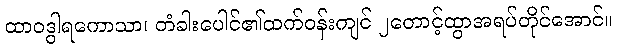
ထာဝဒွါရကောသာ၊ တံခါးပေါင်၏ထက်ဝန်းကျင် ၂တောင့်ထွာအရပ်တိုင်အောင်။